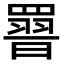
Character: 𮊕